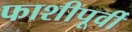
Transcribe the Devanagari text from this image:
फाशीपूर्वी